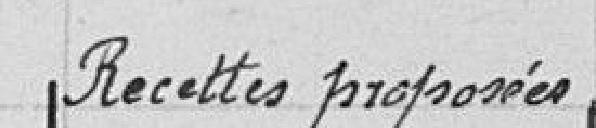
Recettes proposées